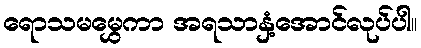
ရောသမမွှေကာ အရသာနှံ့အောင်လုပ်ပါ။